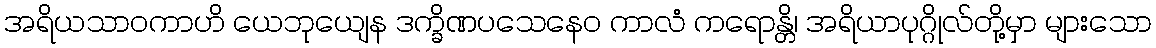
အရိယသာဝကာဟိ ယေဘုယျေန ဒက္ခိဏပသေနေဝ ကာလံ ကရောန္တိ၊ အရိယာပုဂ္ဂိုလ်တို့မှာ များသော